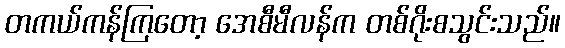
တကယ်ကန်ကြတော့ အေစီမီလန်က တစ်ဂိုးစသွင်းသည်။